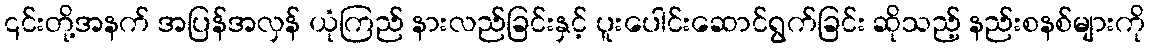
၎င်းတို့အနက် အပြန်အလှန် ယုံကြည် နားလည်ခြင်းနှင့် ပူးပေါင်းဆောင်ရွက်ခြင်း ဆိုသည့် နည်းစနစ်များကို